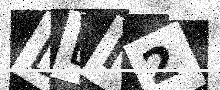
Text: DLM2